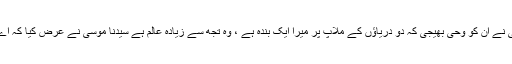
پھر اللہ تعالیٰ نے ان کو وحی بھیجی کہ دو دریاؤں کے ملاپ پر میرا ایک بندہ ہے ، وہ تجھ سے زیادہ عالم ہے سیدنا موسیٰؑ نے عرض کیا کہ اے پروردگار!